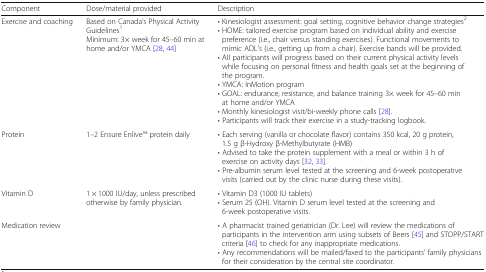
<table><thead><tr><td><b>Component</b></td><td><b>Dose/material provided</b></td><td><b>Description</b></td></tr></thead><tbody><tr><td>Exercise and coaching</td><td>Based on Canada’s Physical Activity Guidelines<sup>1</sup>Minimum: 3× week for 45–60 min at home and/or YMCA [28, 44]</td><td>• Kinesiologist assessment: goal setting, cognitive behavior change strategies<sup>2</sup>• HOME: tailored exercise program based on individual ability and exercise preference (i.e., chair versus standing exercises). Functional movements to mimic ADL’s (i.e., getting up from a chair). Exercise bands will be provided.• All participants will progress based on their current physical activity levels while focusing on personal fitness and health goals set at the beginning of the program.• YMCA: InMotion program• GOAL: endurance, resistance, and balance training 3× week for 45–60 min at home and/or YMCA• Monthly kinesiologist visit/bi-weekly phone calls [28].• Participants will track their exercise in a study-tracking logbook.</td></tr><tr><td>Protein</td><td>1–2 Ensure EnliveTM protein daily</td><td>• Each serving (vanilla or chocolate flavor) contains 350 kcal, 20 g protein, 1.5 g β-Hydroxy β-Methylbutyrate (HMB)• Advised to take the protein supplement with a meal or within 3 h of exercise on activity days [32, 33].• Pre-albumin serum level tested at the screening and 6-week postoperative visits (carried out by the clinic nurse during these visits).</td></tr><tr><td>Vitamin D</td><td>1 × 1000 IU/day, unless prescribed otherwise by family physician.</td><td>• Vitamin D3 (1000 IU tablets)• Serum 25 (OH). Vitamin D serum level tested at the screening and 6-week postoperative visits.</td></tr><tr><td>Medication review</td><td></td><td>• A pharmacist trained geriatrician (Dr. Lee) will review the medications of participants in the intervention arm using subsets of Beers [45] and STOPP/START criteria [46] to check for any inappropriate medications.• Any recommendations will be mailed/faxed to the participants’ family physicians for their consideration by the central site coordinator.</td></tr></tbody></table>